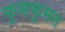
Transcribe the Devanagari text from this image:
फुसफुसत